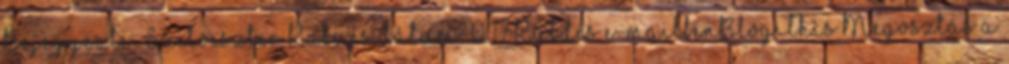
Bejegyezte: Szilveszter Kakucs dátum: 0:17 Küldés e-mailbenBlogThis Megosztás a